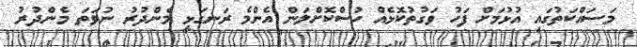
މަސައްކަތުގައި އުޅުމަށް ފަހު ވަގުތުކޮޅެއް ހުސްކޮށްލަން އެންމެ ރަނގަޅީ މެންދުރު ނުވަތަ މެންދުރު